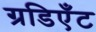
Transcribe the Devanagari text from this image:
ग्रडिएँट